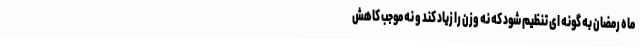
ماه رمضان به گونه ای تنظیم شود که نه وزن را زیاد کند و نه موجب کاهش